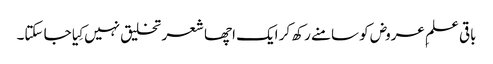
باقی علمِ عروض کو سامنے رکھ کر ایک اچھا شعر تخلیق نہیں کِیا جا سکتا۔